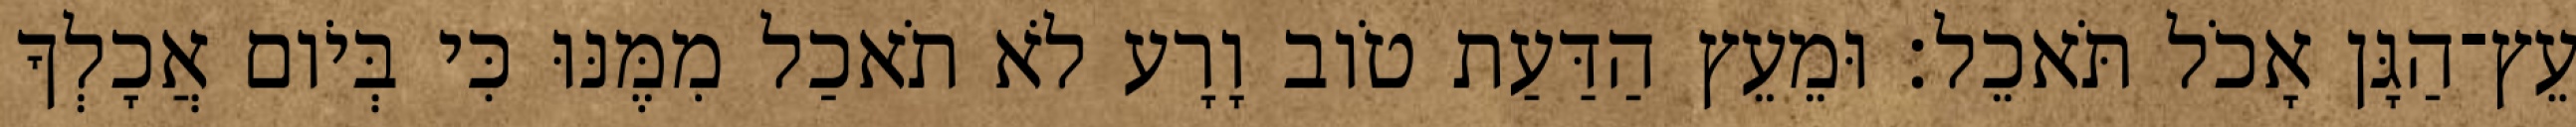
עֵץ־הַגָּן אָכֹל תֹּאכֵל׃ וּמֵעֵץ הַדַּעַת טֹוב וָרָע לֹא תֹאכַל מִמֶּנּוּ כִּי בְּיֹום אֲכָלְךָ